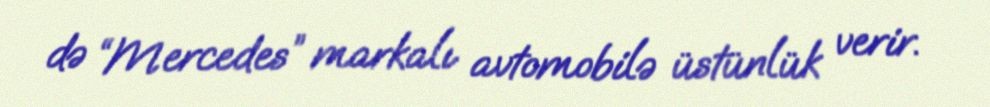
də “Mercedes” markalı avtomobilə üstünlük verir.